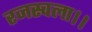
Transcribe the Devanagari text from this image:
रजस्वला।।